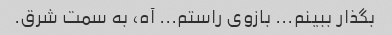
بگذار ببینم... بازوی راستم... آه، به سمت شرق.